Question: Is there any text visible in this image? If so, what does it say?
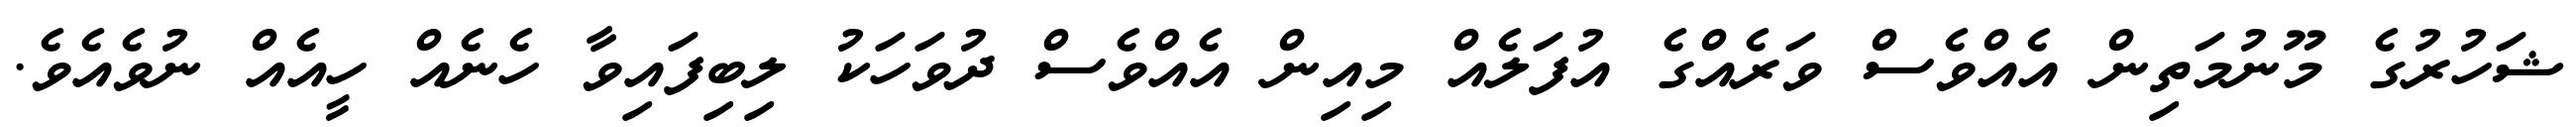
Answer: ޝަހުރުގެ މޫނުމަތިން އެއްވެސް ވަރެއްގެ އުފަލެއް މިއިން އެއްވެސް ދުވަހަކު ލިބިފައިވާ ހެނެއް ހީއެއް ނުވެއެވެ.